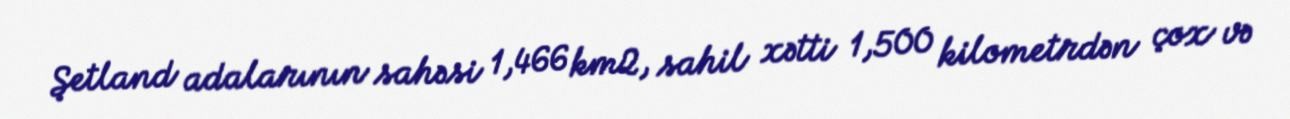
Şetland adalarının sahəsi 1,466 km2, sahil xətti 1,500 kilometrdən çox və